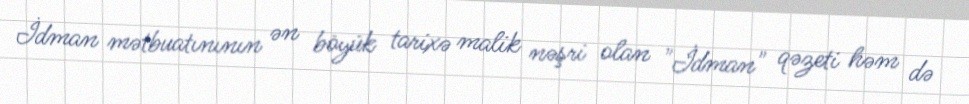
İdman mətbuatınının ən böyük tarixə malik nəşri olan "İdman" qəzeti həm də